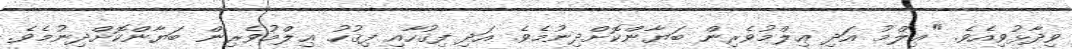
ވިދާޅުވިއެވެ. "ޢިލްމު އަދި ޢިލްމުވެރިން ބަޔާންކޮށްދިނުމެވެ. އަދި ފިޤުހާއި ފިޤުހު ޢިލްމުވެރިން ބަޔާންކޮށްދިނުމެވެ.